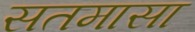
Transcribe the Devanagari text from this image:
सतमासा